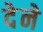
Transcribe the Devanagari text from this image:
देेने